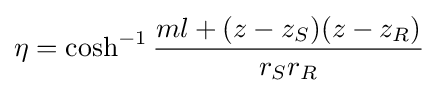
\eta =\cosh ^{-1}{\frac {ml+(z-z_{S})(z-z_{R})}{r_{S}r_{R}}}